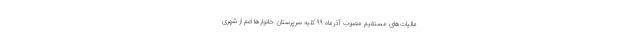
مالیات‌های مستقیم مصوب آذرماه ۹۹ کلیه سرپرستان خانوارها اعم از شهری